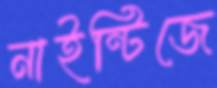
নাইন্টিজে